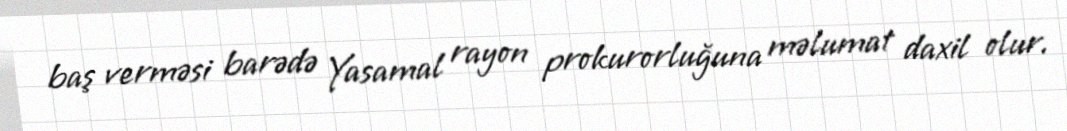
baş verməsi barədə Yasamal rayon prokurorluğuna məlumat daxil olur.